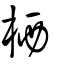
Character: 栖